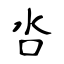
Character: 呇